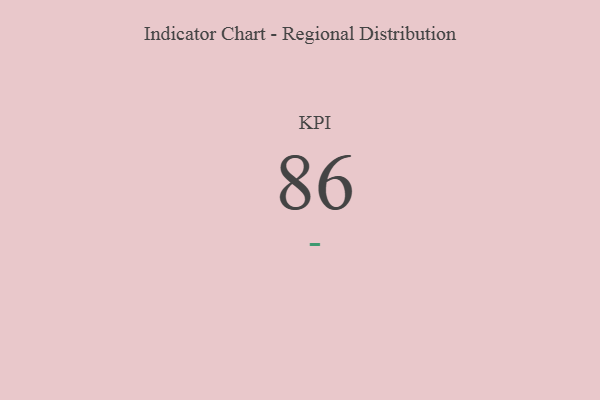
{"axis": {"x": "KPI", "y": "Value"}, "legend": [""], "data": [{"x": "KPI", "y": 86, "type": ""}]}